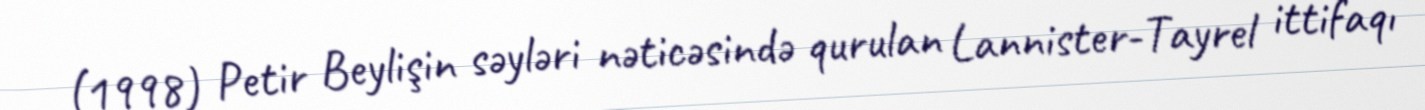
(1998) Petir Beylişin səyləri nəticəsində qurulan Lannister-Tayrel ittifaqı